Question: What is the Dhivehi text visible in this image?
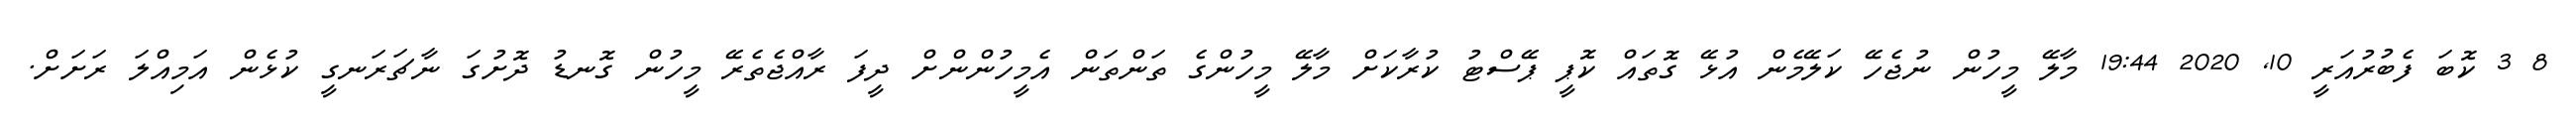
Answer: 8 3 ކޮބަ ފެބުރުއަރީ 10, 2020 19:44 މާލޭ މީހުން ނުޖެހޭ ކަލޭމެން އުޅޭ ގޮތައް ކޮޕީ ޕޭސްޓު ކުރާކަށް މާލޭ މީހުންގެ ތަންތަން އެމީހުންންށް ދީފަ ރާއްޖެތެރޭ މީހުން ގޮނޑު ދޮށުގަ ނާޗަރަނގީ ކުޅެން އަމިއްލަ ރަށަށް.